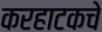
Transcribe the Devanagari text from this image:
करहाटकचे